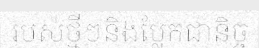
របស់ថ្មីៗនិងប្លែកជានិច្ច